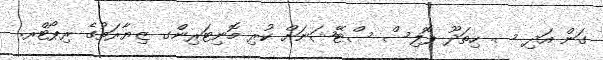
ގަން އަދި ސ. ހިތަދޫ ޕޮލިސް ސްޓޭޝަނަށް ކުރި މޮނިޓަރިންގ ޒިޔާރަތުގެ ރިޕޯޓްރ.